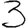
Digit: 3